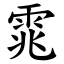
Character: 雿